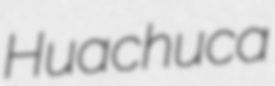
Huachuca